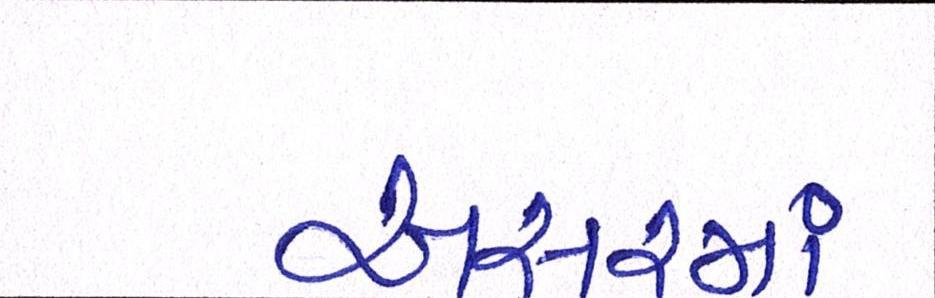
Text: અસરમાં